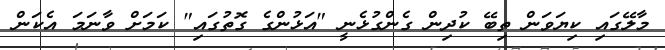
މާލޭގައި ކިޔަވަން ތިބޭ ކުދިން ގެންގުޅެނީ "އަޅުންގެ ގޮތުގައި" ކަމަށް ވާނަމަ އެކަން